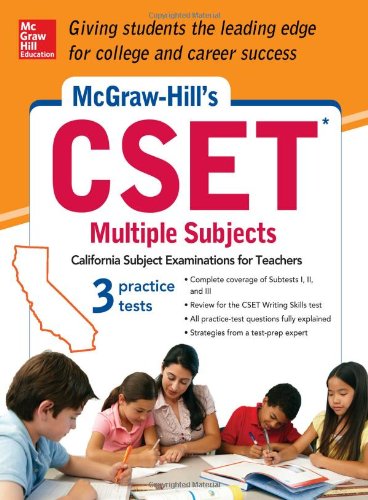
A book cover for McGraw-Hill's CSET Multiple Subjects: Strategies + 3 Practice Tests; Cynthia Johnson; Test Preparation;